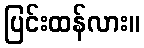
ပြင်းထန်လား။